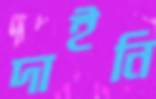
দাইনি